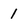
Character: 1